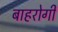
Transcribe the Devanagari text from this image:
बाहरोगी